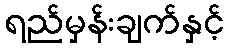
ရည်မှန်းချက်နှင့်